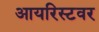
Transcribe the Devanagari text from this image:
आयरिस्टवर